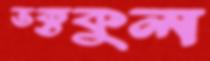
ভক্তকুল